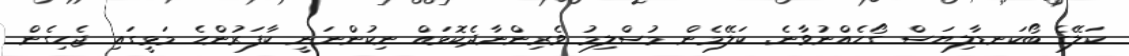
ކަލޭގެ ބޯކަނޑާލިޔަސް ގޯހެއްނުވާނެ. ކަލޭމެން މުސްލިމު ވެރިންނާދެކޮޅައް ނިކުންނަނީ ކާފަރުންހެ މަޅީގައި ޖެހިގެން